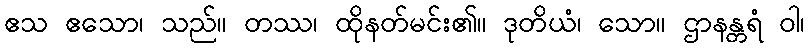
ဧသ ဧသော၊ သည်။ တဿ၊ ထိုနတ်မင်း၏။ ဒုတိယံ၊ သော။ ဌာနန္တရံ ဝါ၊